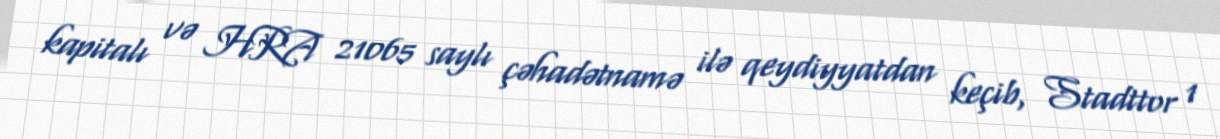
kapitalı və HRA 21065 saylı çəhadətnamə ilə qeydiyyatdan keçib, Stadttor 1